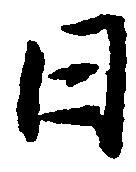
日